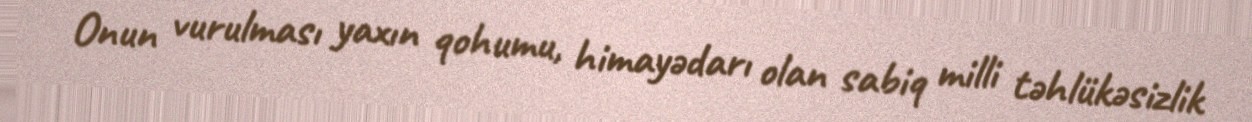
Onun vurulması yaxın qohumu, himayədarı olan sabiq milli təhlükəsizlik